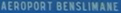
AÉROPORT BENSLIMANE